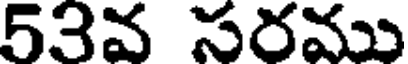
53వ సరము